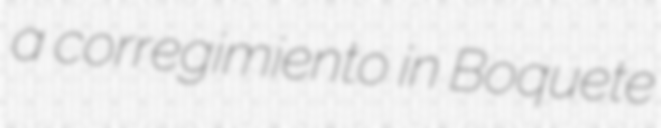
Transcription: a corregimiento in Boquete